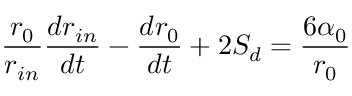
\frac { r _ { 0 } } { r _ { i n } } \frac { d r _ { i n } } { d t } - \frac { d r _ { 0 } } { d t } + 2 S _ { d } = \frac { 6 \alpha _ { 0 } } { r _ { 0 } }